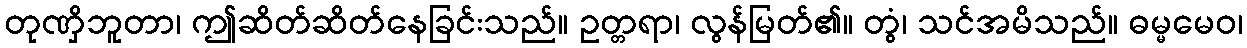
တုဏှိဘူတာ၊ ဤဆိတ်ဆိတ်နေခြင်းသည်။ ဥတ္တရာ၊ လွန်မြတ်၏။ တွံ၊ သင်အမိသည်။ ဓမ္မမေဝ၊